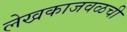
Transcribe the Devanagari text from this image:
लेखकाजवळची